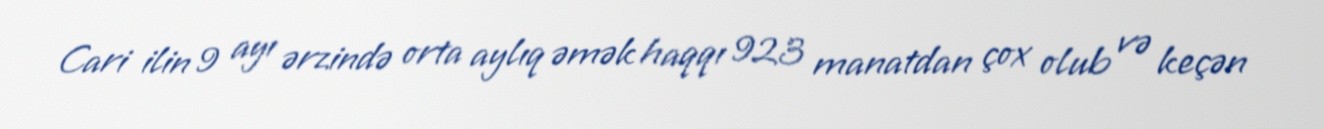
Cari ilin 9 ayı ərzində orta aylıq əmək haqqı 923 manatdan çox olub və keçən